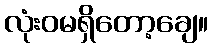
လုံးဝမရှိတော့ချေ။